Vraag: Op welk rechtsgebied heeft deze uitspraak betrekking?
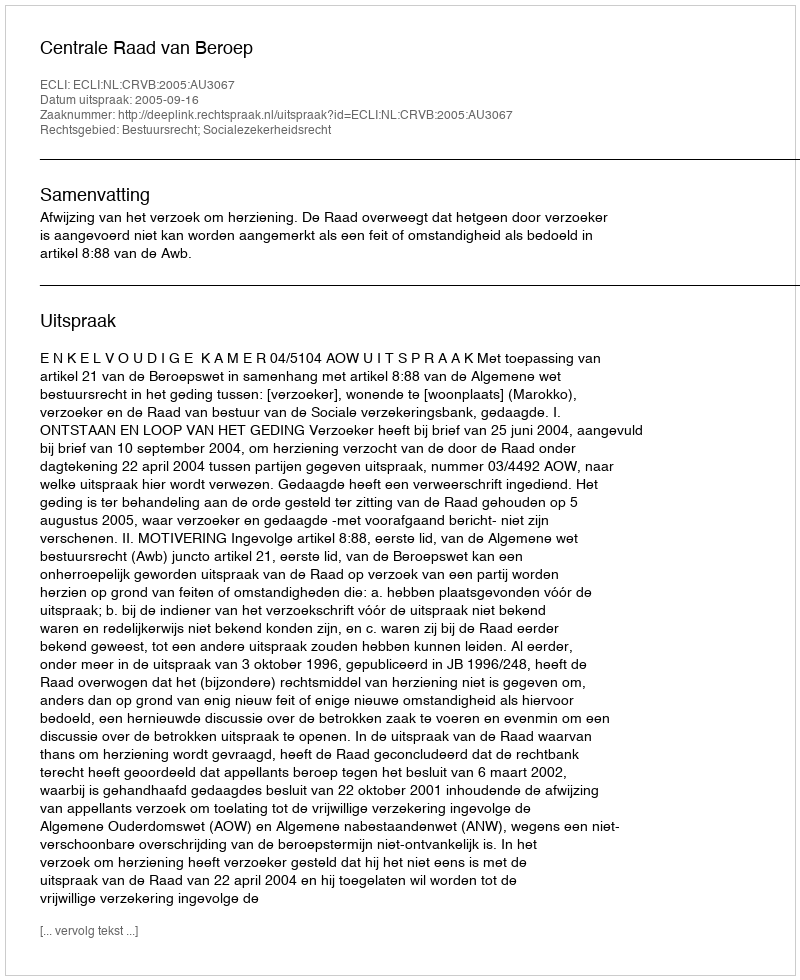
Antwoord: Bestuursrecht; Socialezekerheidsrecht